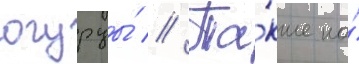
огурцы́ // Та́кже на́